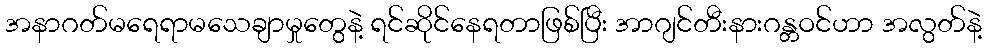
အနာဂတ်မရေရာမသေချာမှုတွေနဲ့ ရင်ဆိုင်နေရတာဖြစ်ပြီး အာဂျင်တီးနားဂန္တဝင်ဟာ အလွတ်နဲ့